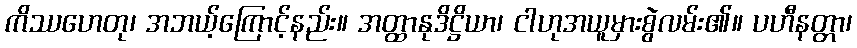
ကိဿဟေတု၊ အဘယ့်ကြောင့်နည်း။ အတ္ထာနုဒိဋ္ဌိယာ၊ ငါဟုအယူမှားစွဲလမ်း၏။ ပဟီနတ္တာ၊